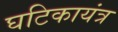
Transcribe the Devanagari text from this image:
घटिकायंत्र